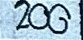
200